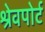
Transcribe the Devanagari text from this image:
श्रेवपोर्ट